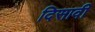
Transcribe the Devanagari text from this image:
दिसावी